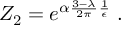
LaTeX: Z _ { 2 } = e ^ { \alpha \frac { 3 - \lambda } { 2 \pi } \frac { 1 } { \epsilon } } \; .